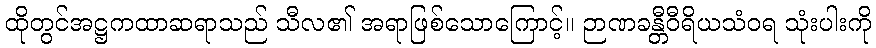
ထိုတွင်အဋ္ဌကထာဆရာသည် သီလ၏ အရာဖြစ်သောကြောင့်။ ဉာဏခန္တီဝီရိယသံဝရ သုံးပါးကို